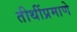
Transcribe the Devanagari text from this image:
तीथींप्रमाणे